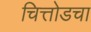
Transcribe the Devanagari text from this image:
चित्तोडचा